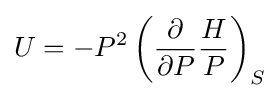
U=-P^{2}\left({\frac {\partial }{\partial P}}{\frac {H}{P}}\right)_{S}